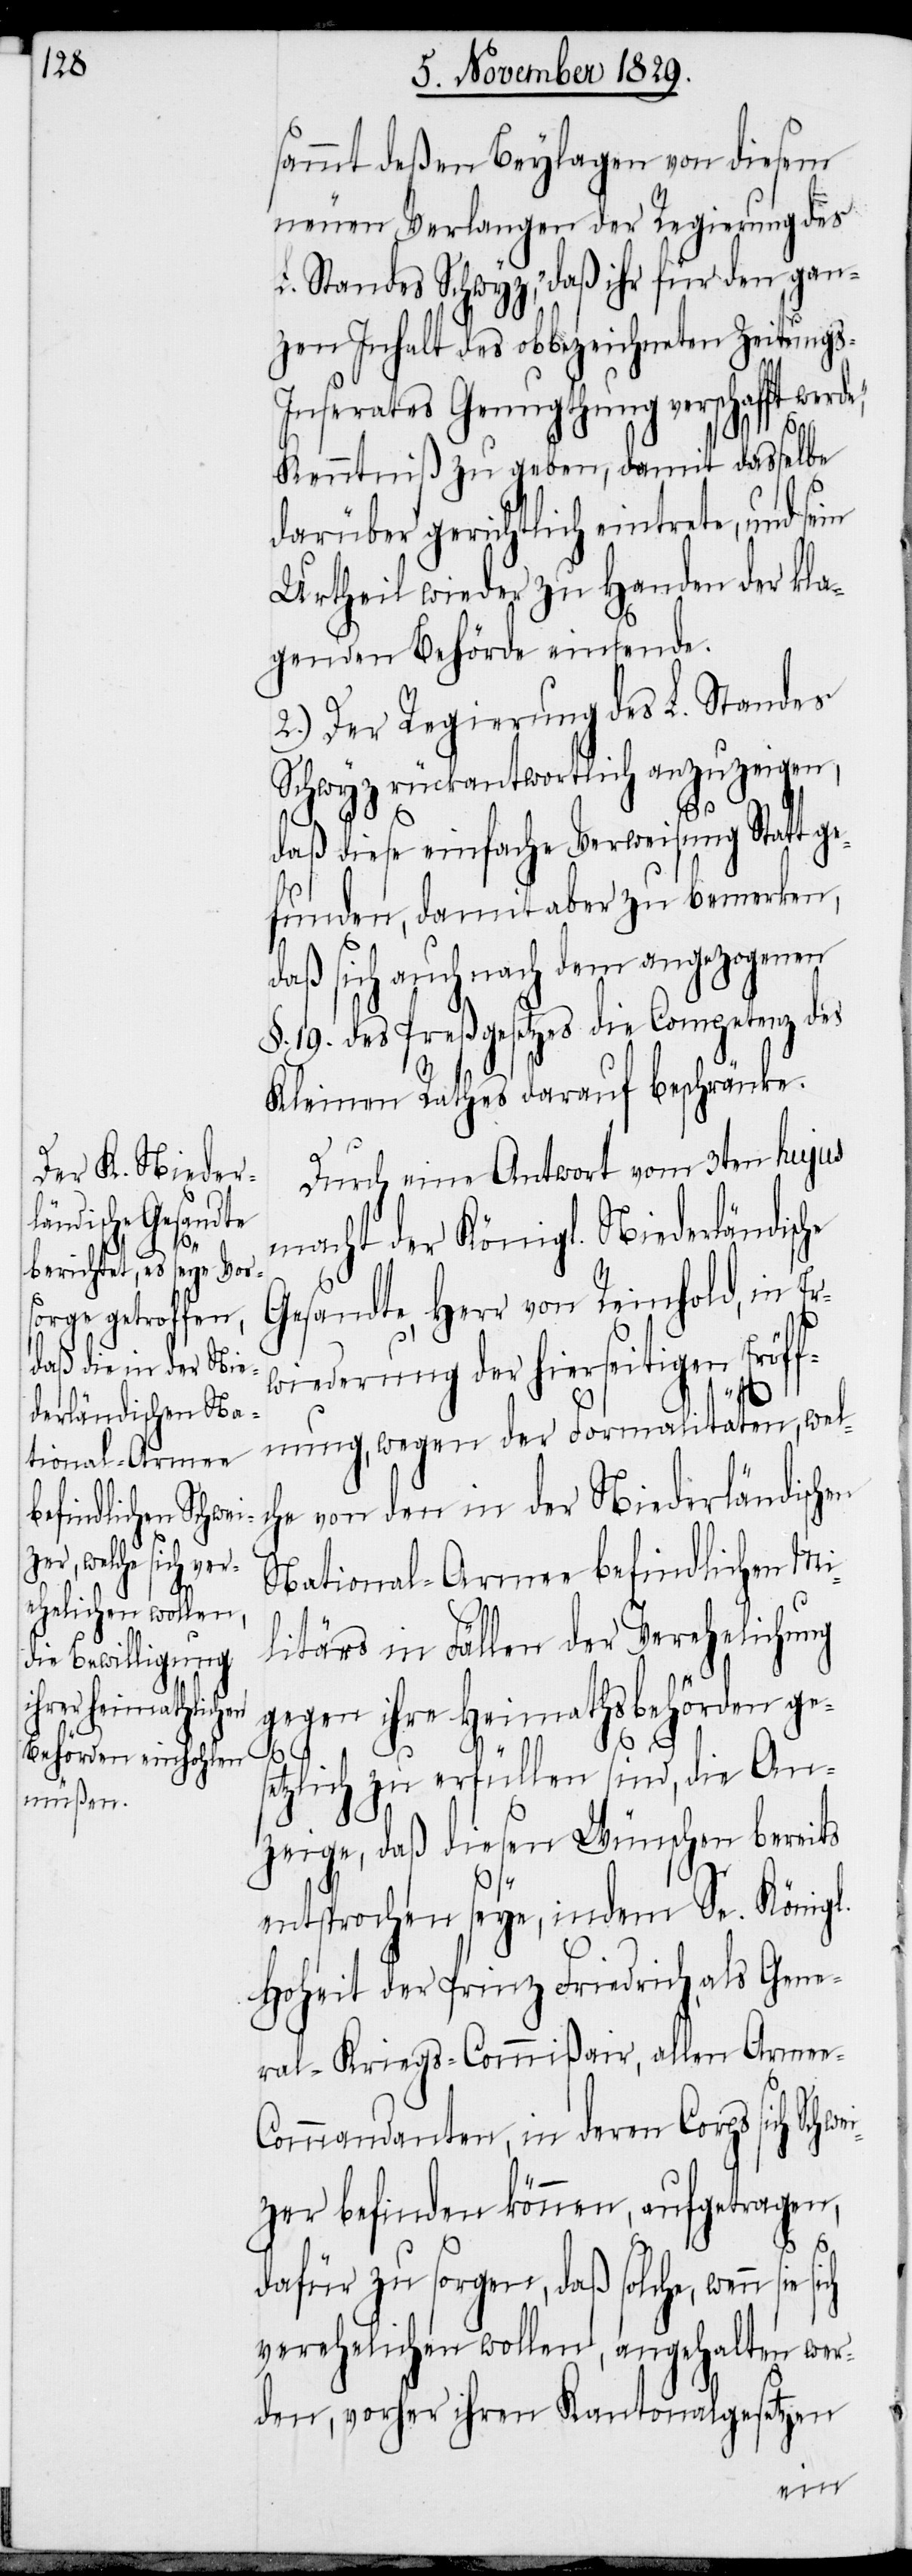
sammt deßen Beylagen von diesem
neuen Verlangen der Regierung des
L. Standes Schwyz, „daß ihr für den gan¬
zen Inhalt des obbezeichneten Zeitung¬
s-Inserates Genugthuung verschafft werd¬
e“,
Kenntniß zu geben, damit dasselbe
darüber gerichtlich eintrete, und s¬
Urtheil wieder zu Handen der kla¬
genden Behörde einsende.
2.) Der Regierung des L. Standes
Schwyz rückantwortlich anzuzeigen,
daß diese einfache Verweisung Statt ge¬
funden, damit aber zu bemerken,
daß sich auch nach dem angezogenen
§. 19 des Preßgesetzes die Competenz des
Kleinen Rathes darauf beschränke.
Durch eine Antwort vom 3ten hujus
macht der Königl. Niederländisc¬
Gesandte, Herr von Reinhold, in Er¬
wiederung der hierseitigen Eröff¬
nung, wegen der Formalitäten, wel¬
che von den in der Niederländischen
National-Armee befindlichen Mi¬
litärs in Fällen der Verehelichung
gegen ihre Heimathsbehörden ges¬
etzlich zu erfüllen sind, die An¬
zeige, daß diesen Wünschen bereits
ei¬
entsprochen seye, indem Se. Königl.
Hoheit der Prinz Friedrich als Gene¬
ral-Kriegs-Commißair, allen Arme¬
ommandanten, in deren Corps sich Schw¬
zer befinden können, aufgetragen,
dafür zu sorgen, daß solche wenn sie
verehelichen wollen, angehalten wer¬
den, vorher ihren Kantonalgesetzen
ein